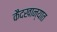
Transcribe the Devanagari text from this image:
कैदखान्यात